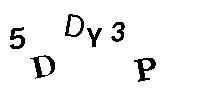
5DDY3P